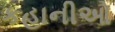
કહાનીઓ